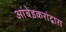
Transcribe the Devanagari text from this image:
आंबेडकरांद्वारा